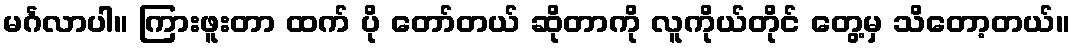
မင်္ဂလာပါ။ ကြားဖူးတာ ထက် ပို တော်တယ် ဆိုတာကို လူကိုယ်တိုင် တွေ့မှ သိတော့တယ်။